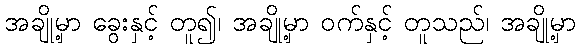
အချို့မှာ ခွေးနှင့် တူ၍၊ အချို့မှာ ဝက်နှင့် တူသည်၊ အချို့မှာ